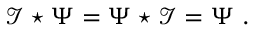
\mathcal { I } \star \Psi = \Psi \star \mathcal { I } = \Psi \ .